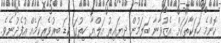
ކޮންމެ ހަރަކާތަކަށް އެޒުވާނާ ބަލަމުން ދިޔައިރު އަލްޔާ ހިތުގަ ކުޑަ ބިރުވެރިކަމެއް އުފެދުނެވެ.